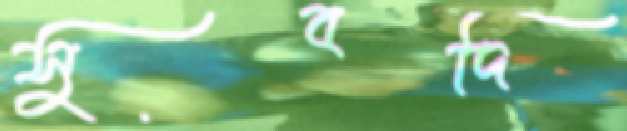
সুবদি